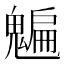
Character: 𩴄